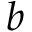
b